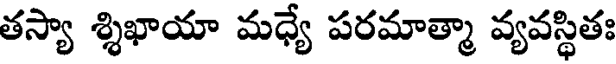
తస్యా శ్శిఖాయా మధ్యే పరమాత్మా వ్యవస్థితః